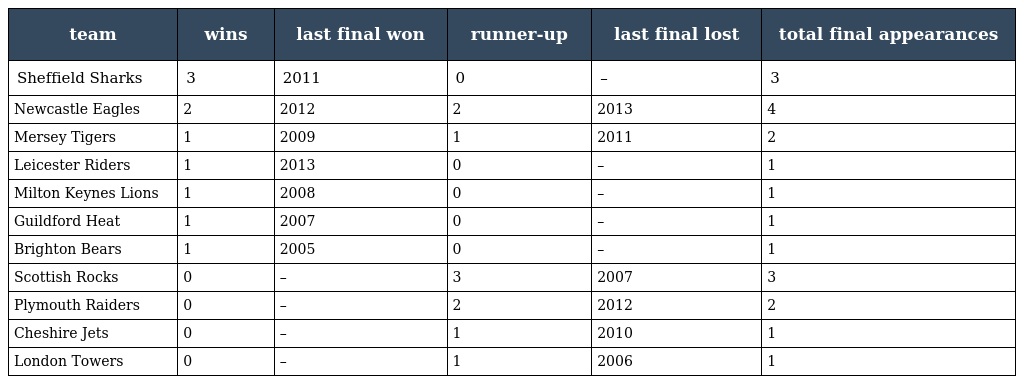
| team | wins | last final won | runner-up | last final lost | total final appearances |
 | --- | --- | --- | --- | --- | --- |
 | Sheffield Sharks | 3 | 2011 | 0 | – | 3 |
 | Newcastle Eagles | 2 | 2012 | 2 | 2013 | 4 |
 | Mersey Tigers | 1 | 2009 | 1 | 2011 | 2 |
 | Leicester Riders | 1 | 2013 | 0 | – | 1 |
 | Milton Keynes Lions | 1 | 2008 | 0 | – | 1 |
 | Guildford Heat | 1 | 2007 | 0 | – | 1 |
 | Brighton Bears | 1 | 2005 | 0 | – | 1 |
 | Scottish Rocks | 0 | – | 3 | 2007 | 3 |
 | Plymouth Raiders | 0 | – | 2 | 2012 | 2 |
 | Cheshire Jets | 0 | – | 1 | 2010 | 1 |
 | London Towers | 0 | – | 1 | 2006 | 1 |